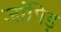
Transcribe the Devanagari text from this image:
जांगिड़